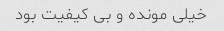
خیلی مونده و بی کیفیت بود